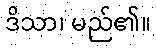
ဒိသာ၊ မည်၏။